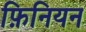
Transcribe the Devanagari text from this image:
फ़िनियन